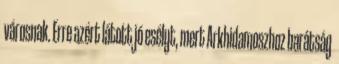
városnak. Erre azért látott jó esélyt, mert Arkhidamoszhoz barátság